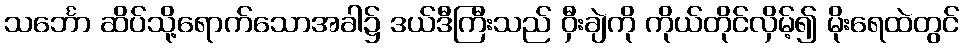
သင်္ဘော ဆိပ်သို့ရောက်သောအခါ၌ ဒယ်ဒီကြီးသည် ဝှီးချဲကို ကိုယ်တိုင်လှိမ့်၍ မိုးရေထဲတွင်